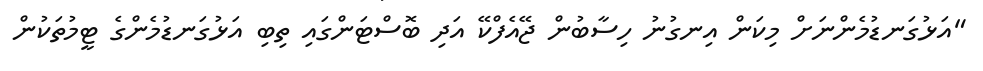
"އަޅުގަނޑުމެންނަށް މިކަން އިނގުނު ހިސާބުން ޖޭއެފްކޭ އަދި ބޮސްޓަންގައި ތިބި އަޅުގަނޑުމެންގެ ޓީމުތަކުން